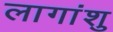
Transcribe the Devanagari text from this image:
लागांशु